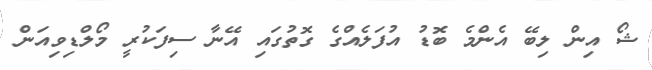
ޝޯ އިން ލިބޭ އެންމެ ބޮޑު އުފަލެއްގެ ގޮތުގައި އޭނާ ސިފަކުރީ މޯލްޑިވިއަން